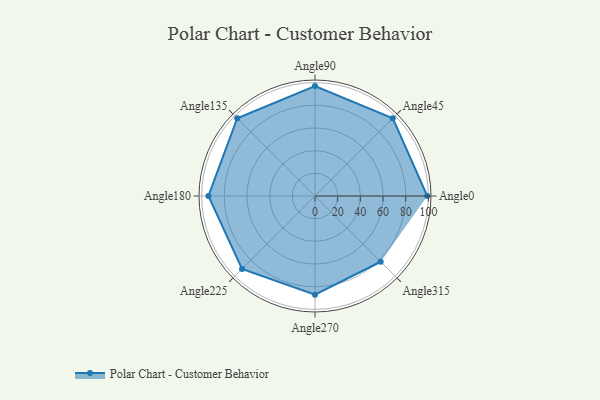
{"axis": {"x": "Angle", "y": "Radius"}, "legend": [""], "data": [{"x": "Angle0", "y": 99.0, "type": ""}, {"x": "Angle45", "y": 97.0, "type": ""}, {"x": "Angle90", "y": 97.0, "type": ""}, {"x": "Angle135", "y": 97.0, "type": ""}, {"x": "Angle180", "y": 94.0, "type": ""}, {"x": "Angle225", "y": 91.0, "type": ""}, {"x": "Angle270", "y": 87.0, "type": ""}, {"x": "Angle315", "y": 82.0, "type": ""}]}